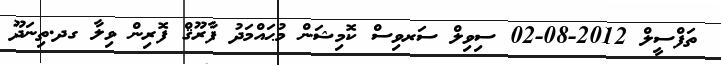
ތަފްސީލް 2012-08-02 ސިވިލް ސަރވިސް ކޮމިޝަން މުޙައްމަދު ފާރޫޤް ފޮރިން ވިލާ ގދ.ތިނަދޫ